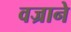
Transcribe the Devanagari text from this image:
वज्राने